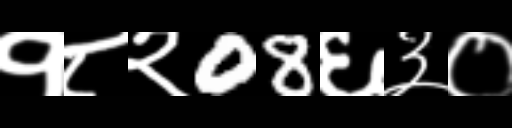
Text: १८२08६३०